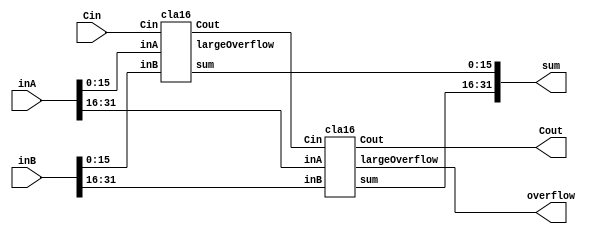
// Jack Gentsch, Jacky Wang, Chinh Bui
// EE 469, Dr. Peckol 4/15/16
// 32-bit Carry Look Ahead (CLA) Adder built using two 16-bit CLAs
// Dataflow level modeling
module cla32 (sum, Cout, overflow, inA, inB, Cin);
	output [31:0] sum;
	output Cout, overflow;
	input [31:0] inA, inB;
	input Cin;

	wire [1:0] p, g, c; // propagate, generate and carrys passed between CLA modules
	wire lowerOverflow; //Don't need this wire, will be optimized away...abuses heirarchy
	
	assign c[0] = Cin;

	cla16 cla16_0 (sum[15:0], c[1], lowerOverflow, inA[15:0], inB[15:0], c[0]);
	cla16 cla16_1 (sum[31:16], Cout, overflow, inA[31:16], inB[31:16], c[1]);

endmodule


// 4-bit CLA
module cla4 (sum, Cout, unitOverflow, inA, inB, Cin);
	output [3:0] sum;
	output Cout;
	output unitOverflow;
	//pGroup, gGroup;
	input [3:0] inA, inB;
	input Cin;

	wire [3:0] p, g, c; // propagate, generate and carry in for adders
	//wire pGroup, gGroup; // group propagate and generate

	assign unitOverflow = Cout ^ c[3];
	assign p = inA ^ inB;
	assign g = inA & inB;

	// compute carry
	assign c[0] = Cin;
	assign c[1] = g[0] | (p[0] & c[0]);
	assign c[2] = g[1] | (g[0] & p[1]) | (c[0] & p[0] & p[1]);
	assign c[3] = g[2] | (g[1] & p[2]) | (g[0] & p[1] & p[2]) | (c[0] & p[0] & p[1] & p[2]);
	assign Cout = g[3] | (g[2] & p[3]) | (g[1] & p[3] & p[2]) | (g[0] & p[3] & p[2] & p[1]) | (p[0] & p[1] & p[2] & p[3] & c[0]);

	// compute group propagate and generate
	//assign pGroup = p[0] & p[1] & p[2] & p[3];
	//assign gGroup = g[3] | (g[2] & p[3]) | (g[1] & p[3] & p[2]) | (g[0] & p[3] & p[2] & p[1]);

	// compute sum
	assign sum = p ^ c;

endmodule


// stacking four 4-bit CLAs to form 16-bit CLA
module cla16 (sum, Cout, largeOverflow, inA, inB, Cin);
	output [15:0] sum;
	output Cout;
	output largeOverflow;
	input [15:0] inA, inB;
	input Cin;

	wire [3:0] unitOverflows;
	wire [3:0] p, g, c; /// propagate, generate and carrys passed between CLA modules

	//Pass the msb unit's overflow to the upper module
	assign largeOverflow = unitOverflows[3];
	assign c[0] = Cin;

	cla4 cla4_0 (sum[3:0], c[1], unitOverflows[0], inA[3:0], inB[3:0], c[0]);
	cla4 cla4_1 (sum[7:4], c[2], unitOverflows[1], inA[7:4], inB[7:4], c[1]);
	cla4 cla4_2 (sum[11:8], c[3], unitOverflows[2], inA[11:8], inB[11:8], c[2]);
	cla4 cla4_3 (sum[15:12], Cout, unitOverflows[3], inA[15:12], inB[15:12], c[3]);

endmodule